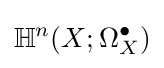
\mathbb {H} ^{n}(X;\Omega _{X}^{\bullet })